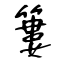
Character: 簍